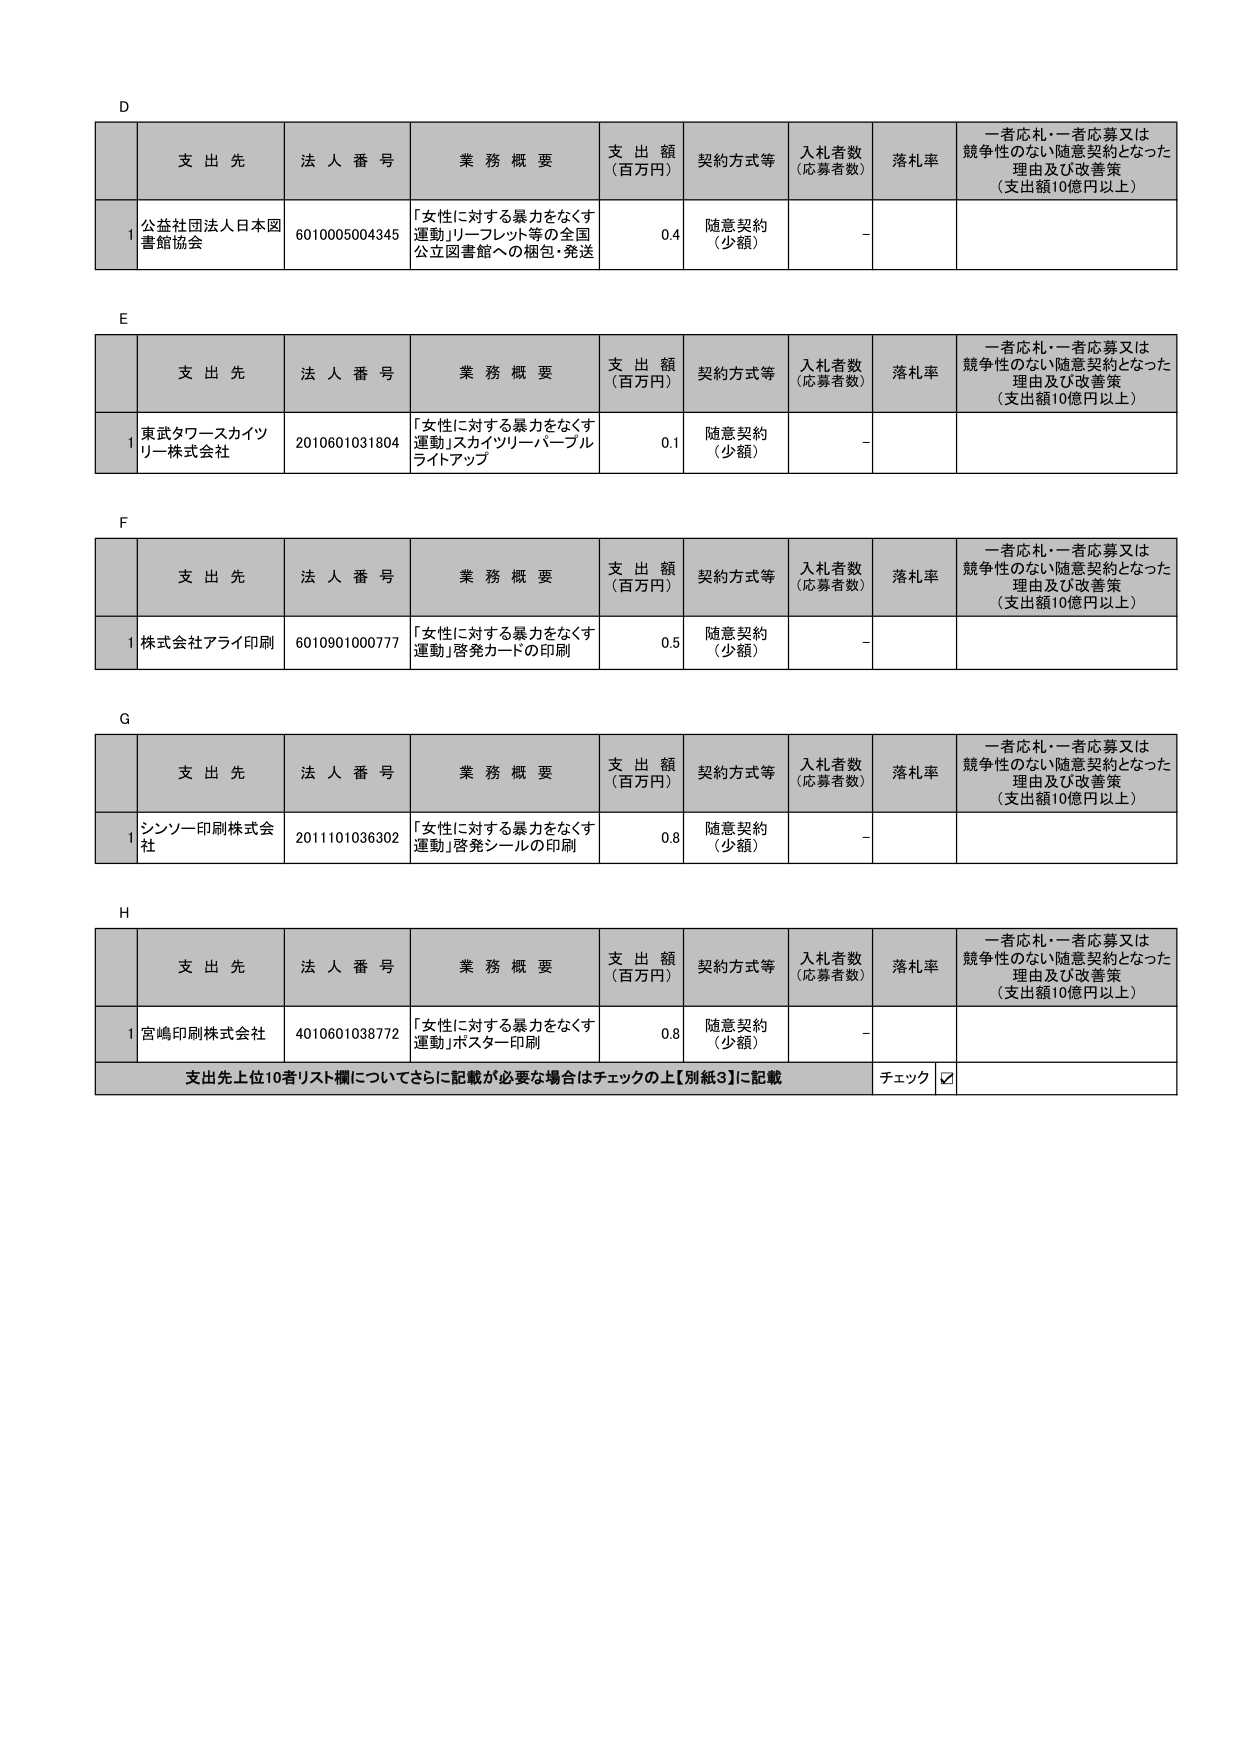
D
支 出 先 法 人 番 号 業 務 概 要 支 出 額 （百万円） 契約方式等 入札者数 （応募者数） 落札率 一者応札・一者応募又は 競争性のない随意契約となった 理由及び改善策 （支出額10億円以上）
1 公益社団法人日本図 書館協会 6010005004345 「女性に対する暴力をなくす 運動」リーフレット等の全国 公立図書館への梱包・発送 0.4 随意契約 （少額） －

E
支 出 先 法 人 番 号 業 務 概 要 支 出 額 （百万円） 契約方式等 入札者数 （応募者数） 落札率 一者応札・一者応募又は 競争性のない随意契約となった 理由及び改善策 （支出額10億円以上）
1 東武タワースカイツ リー株式会社 2010601031804 「女性に対する暴力をなくす 運動」スカイツリーパープル ライトアップ 0.1 随意契約 （少額） －

F
支 出 先 法 人 番 号 業 務 概 要 支 出 額 （百万円） 契約方式等 入札者数 （応募者数） 落札率 一者応札・一者応募又は 競争性のない随意契約となった 理由及び改善策 （支出額10億円以上）
1 株式会社アライ印刷 6010901000777 「女性に対する暴力をなくす 運動」啓発カードの印刷 0.5 随意契約 （少額） －

G
支 出 先 法 人 番 号 業 務 概 要 支 出 額 （百万円） 契約方式等 入札者数 （応募者数） 落札率 一者応札・一者応募又は 競争性のない随意契約となった 理由及び改善策 （支出額10億円以上）
1 シンソー印刷株式会 社 2011101036302 「女性に対する暴力をなくす 運動」啓発シールの印刷 0.8 随意契約 （少額） －

H
支 出 先 法 人 番 号 業 務 概 要 支 出 額 （百万円） 契約方式等 入札者数 （応募者数） 落札率 一者応札・一者応募又は 競争性のない随意契約となった 理由及び改善策 （支出額10億円以上）
1 宮嶋印刷株式会社 4010601038772 「女性に対する暴力をなくす 運動」ポスター印刷 0.8 随意契約 （少額） －
支出先上位10者リスト欄についてさらに記載が必要な場合はチェックの上【別紙3】に記載 チェック ☑